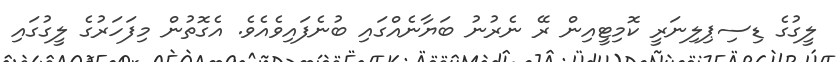
ލީގުގެ ޑިސިޕިލިނަރީ ކޮމިޓީއިން ރޭ ނެރުނު ބަޔާނެއްގައި ބުނެފައިވެއެވެ. އެގޮތުން މިފަހަރުގެ ލީގުގައި